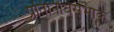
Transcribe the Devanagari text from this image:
प्रतिनिधिसभाके